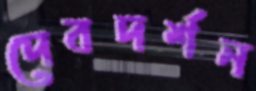
দেবদর্শন